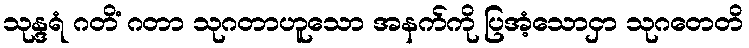
သုန္ဒရံ ဂတိံ ဂတာ သုဂတာဟူသော အနက်ကို ပြအံ့သောငှာ သုဂတေတိ